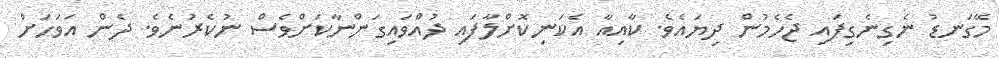
މޭގަނޑު ނެގިނެގިފައި ޖެހެމުން ދިޔައެވެ. ކާއިއާ އެކަނިކޮށްލާފައި ދުއްވައިގަންނާކަށްވެސް ނުކެރުނެވެ. ދެން އަވަހަށް